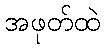
အဖုတ်ထဲ